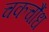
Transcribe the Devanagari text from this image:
चकचौंध